Specificity of antivenomous sera - Number 5
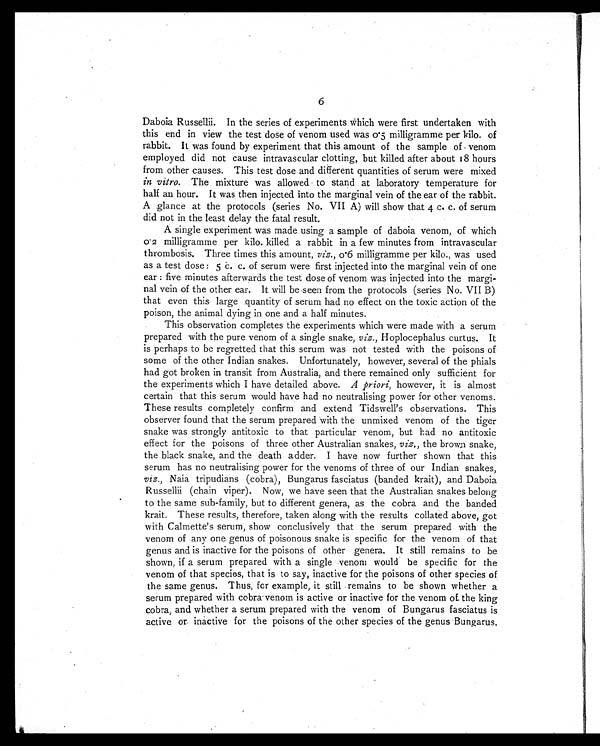
6
Daboia Russellii. In the series of experiments Which were first undertaken with
this end in view the test dose of venom used was 0.5 milligramme per kilo. of
rabbit. It was found by experiment that this amount of the sample of venom
employed did not cause intravascular clotting, but killed after about 18 hours
from other causes. This test dose and different quantities of serum were mixed
in vitro. The mixture was allowed to stand at laboratory temperature for
half an hour. It was then injected into the marginal vein of the ear of the rabbit.
A glance at the protocols (series No. VII A) will show that 4 c. c. of serum
did not in the least delay the fatal result.
A single experiment was made using a sample of daboia venom, of which
0.2 milligramme per kilo. killed a rabbit in a few minutes from intravascular
thrombosis. Three times this amount, viz., 0.6 milligramme per kilo., was used
as a test dose: 5 c. c. of serum were first injected into the marginal vein of one
ear : five minutes afterwards the test dose of venom was injected into the margi-
nal vein of the other ear. It will be seen from the protocols (series No. VII B)
that even this large quantity of serum had no effect on the toxic action of the
poison, the animal dying in one and a half minutes.
This observation completes the experiments which were made with a serum
prepared with the pure venom of a single snake, viz., Hoplocephalus curtus. It
is perhaps to be regretted that this serum was not tested with the poisons of
some of the other Indian snakes. Unfortunately, however, several of the phials
had got broken in transit from Australia, and there remained only sufficient for
the experiments which I have detailed above. A priori, however, it is almost
certain that this serum would have had no neutralising power for other venoms.
These results completely confirm and extend Tidswell's observations. This
observer found that the serum prepared with the unmixed venom of the tiger
snake was strongly antitoxic to that particular venom, but had no antitoxic
effect for the poisons of three other Australian snakes, viz., the brown snake,
the black snake, and the death adder. I have now further shown that this
serum has no neutralising power for the venoms of three of our Indian snakes,
viz., Naia tripudians (cobra), Bungarus fasciatus (banded krait), and Daboia
Russellii (chain viper). Now, we have seen that the Australian snakes belong
to the same sub-family, but to different genera, as the cobra and the banded
krait. These results, therefore, taken along with the results collated above, got
with Calmette's serum, show conclusively that the serum prepared with the
venom of any one genus of poisonous snake is specific for the venom of that
genus and is inactive for the poisons of other genera. It still remains to be
shown, if a serum prepared with a single venom would be specific for the
venom of that species, that is to say, inactive for the poisons of other species of
the same genus. Thus, for example, it still remains to be shown whether a
serum prepared with cobra venom is active or inactive for the venom of. the king
cobra and whether a serum prepared with the venom of Bungarus fasciatus is
active or inactive for the poisons of the other species of the genus Bungarus.